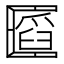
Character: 𠥪